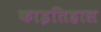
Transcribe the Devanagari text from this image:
काइतिहास